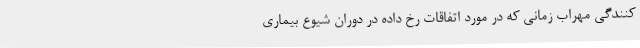
‌کنندگی مهراب زمانی که در مورد اتفاقات رخ داده در دوران شیوع بیماری